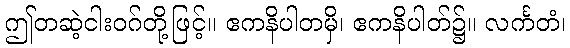
ဤတဆဲ့ငါးဝဂ်တို့ဖြင့်။ ဧကနိပါတမှိ၊ ဧကနိပါတ်၌။ လင်္ကတံ၊